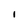
Character: 1